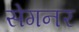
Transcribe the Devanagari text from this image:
सेगनर